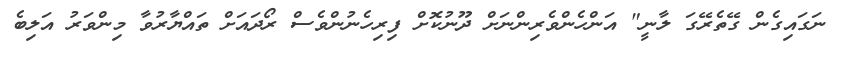
ނަގައިގެން ގޭތެރޭގަ ލާނީ" އަންހެންވެރިންނަށް ދޫނުކޮށް ފިރިހެނުންވެސް ރޯދައަށް ތައްޔާރުވާ މިންވަރު އަލިބެ